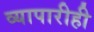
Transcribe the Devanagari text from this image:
व्यापारीही